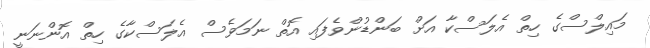
މައިލްސްގެ ހިތް އެލަސްކާ އަށް ބަންޑުންވެފައި އޮތް ނަމަވެސް އެލަސްކާގެ ހިތް އޮންނަނީ